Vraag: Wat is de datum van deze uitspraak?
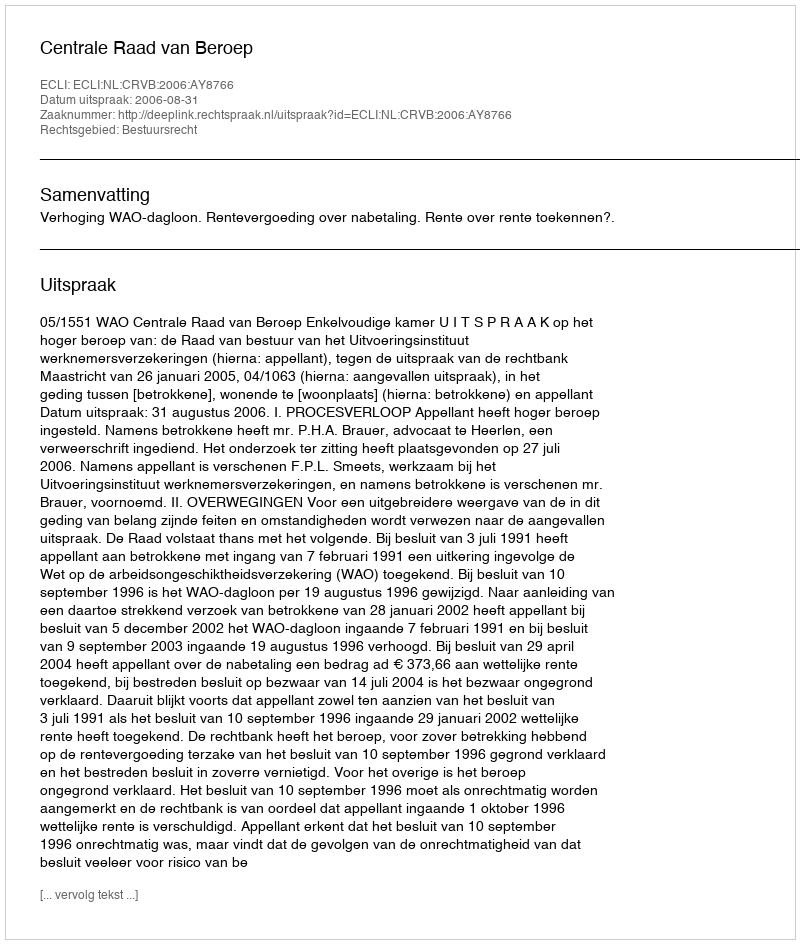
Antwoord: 2006-08-31